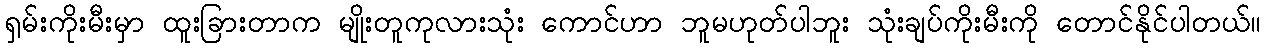
ရှမ်းကိုးမီးမှာ ထူးခြားတာက မျိုးတူကုလားသုံး ကောင်ဟာ ဘူမဟုတ်ပါဘူး သုံးချပ်ကိုးမီးကို တောင်နိုင်ပါတယ်။